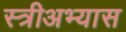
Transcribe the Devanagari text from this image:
स्त्रीअभ्यास